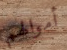
أموالهم